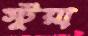
স্টুয়া